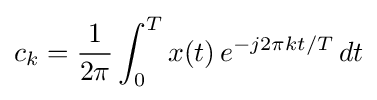
c_{k}={\frac {1}{2\pi }}\int _{0}^{T}x(t)\,e^{-j2\pi kt/T}\,dt